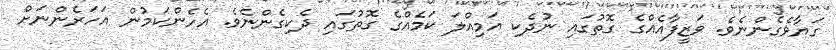
ގަޔާވެގެންނެވެ. ވަޒީފާއެއްގެ ގޮތުގައި ނުދެކި އަމިއްލަ ކަމެއްގެ ގޮތުގައި ދެކިގެންނެވެ. އެހެންކަމުން އަހަރެންނަށް